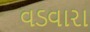
વડવારા